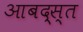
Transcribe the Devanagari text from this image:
आबद्स्त